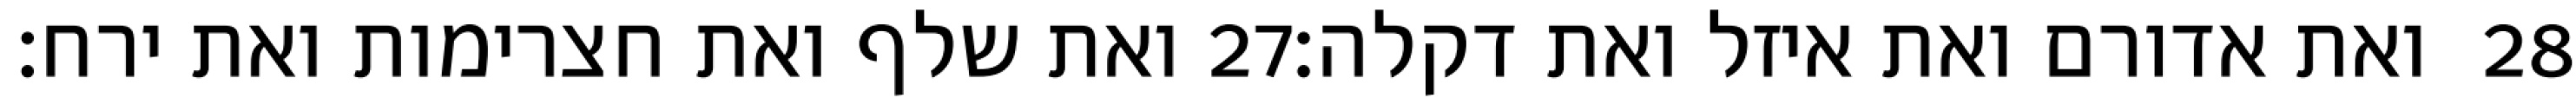
ואת שלף ואת חצרימות ואת ירח׃ ‎27‏ ואת אדורם ואת איזל ואת דקלה׃ ‎28‏